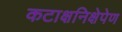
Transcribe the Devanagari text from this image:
कटाक्षनिक्षेपेण